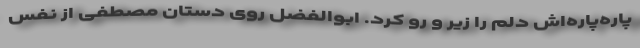
پاره‌پاره‌اش دلم را زیر و رو کرد. ابوالفضل روی دستان مصطفی از نفس